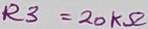
Text: R3=20KΩ